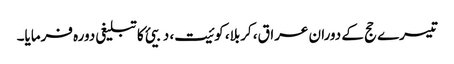
تیسرے حج کے دوران عراق، کربلا، کوئیت، دبیئ کا تبلیغی دورہ فرمایا۔